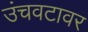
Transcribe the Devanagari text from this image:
उंचवटावर